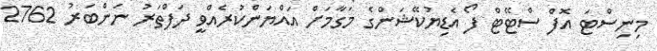
މިނިސްޓަ އޮފް ސްޓޭޓް ފޯ އެޑިޔުކޭޝަންގެ މަގާމަށް އައްޔަންކުރެއްވީ ދަފްތަރު ނަންބަރު 2762